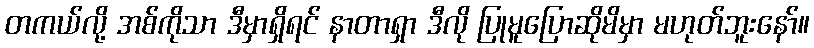
တကယ်လို့ အစ်ကိုသာ ဒီမှာရှိရင် နာတာရှာ ဒီလို ပြုမူပြောဆိုမိမှာ မဟုတ်ဘူးနော်။